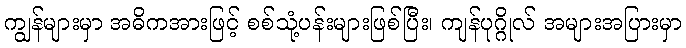
ကျွန်များမှာ အဓိကအားဖြင့် စစ်သုံ့ပန်းများဖြစ်ပြီး၊ ကျန်ပုဂ္ဂိုလ် အများအပြားမှာ